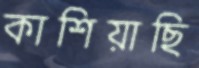
কাশিয়াছি